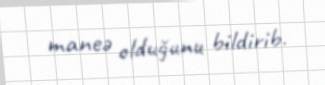
maneə olduğunu bildirib.